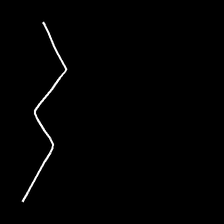
Glyph: crush